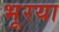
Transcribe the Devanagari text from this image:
भूरया